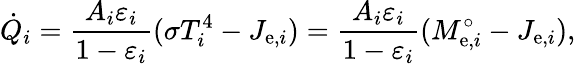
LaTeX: {\dot{Q}}_{i}={\frac{A_{i}\varepsilon_{i}}{1-\varepsilon_{i}}}(\sigma T_{i}^{4}-J_{\mathrm{e},i})={\frac{A_{i}\varepsilon_{i}}{1-\varepsilon_{i}}}(M_{\mathrm{e},i}^{\circ}-J_{\mathrm{e},i}),